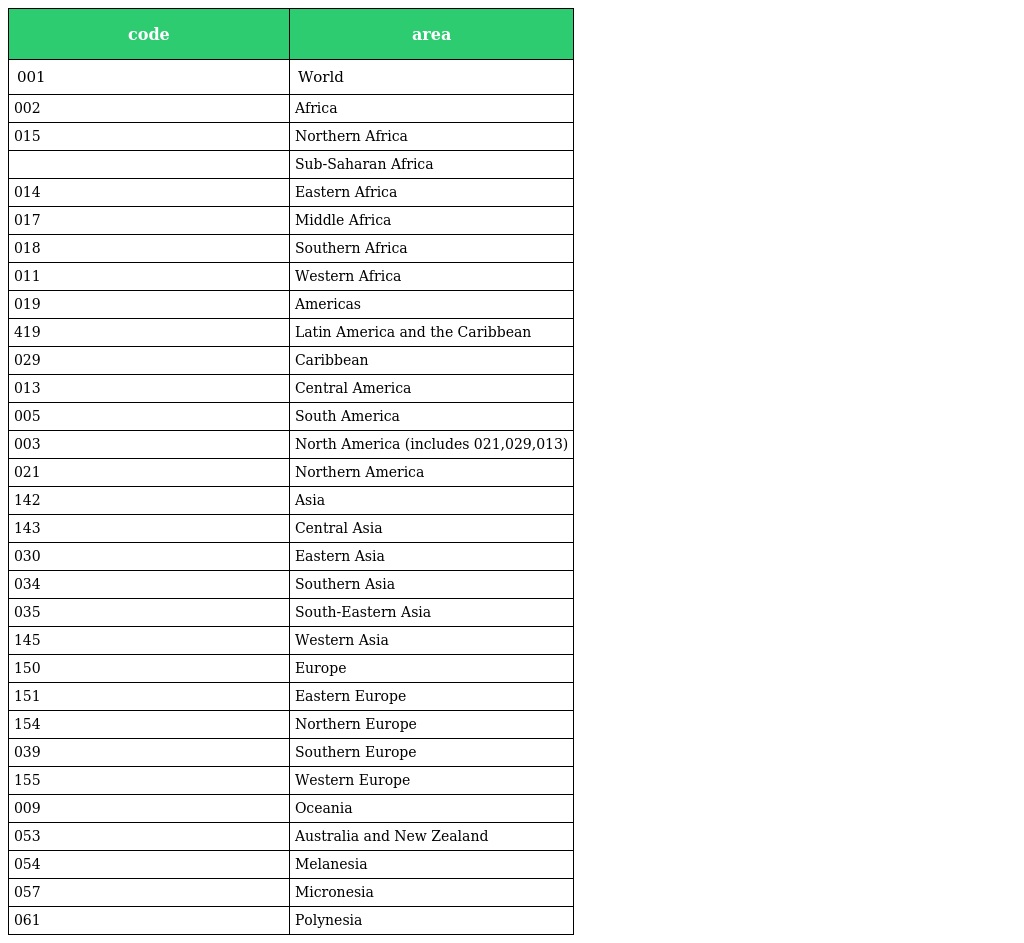
| code | area |
 | --- | --- |
 | 001 | World |
 | 002 | Africa |
 | 015 | Northern Africa |
 |  | Sub-Saharan Africa |
 | 014 | Eastern Africa |
 | 017 | Middle Africa |
 | 018 | Southern Africa |
 | 011 | Western Africa |
 | 019 | Americas |
 | 419 | Latin America and the Caribbean |
 | 029 | Caribbean |
 | 013 | Central America |
 | 005 | South America |
 | 003 | North America (includes 021,029,013) |
 | 021 | Northern America |
 | 142 | Asia |
 | 143 | Central Asia |
 | 030 | Eastern Asia |
 | 034 | Southern Asia |
 | 035 | South-Eastern Asia |
 | 145 | Western Asia |
 | 150 | Europe |
 | 151 | Eastern Europe |
 | 154 | Northern Europe |
 | 039 | Southern Europe |
 | 155 | Western Europe |
 | 009 | Oceania |
 | 053 | Australia and New Zealand |
 | 054 | Melanesia |
 | 057 | Micronesia |
 | 061 | Polynesia |